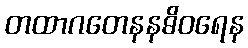
တထာဂတေနနဓိဝရေန